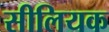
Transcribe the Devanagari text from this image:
सीलियक